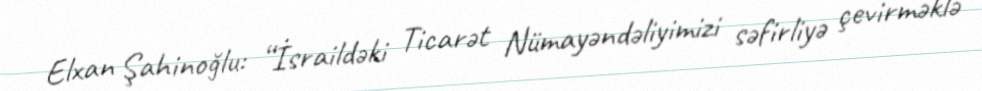
Elxan Şahinoğlu: “İsraildəki Ticarət Nümayəndəliyimizi səfirliyə çevirməklə